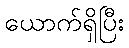
ယောက်ရှိပြီး